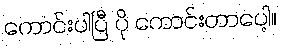
ကောင်းပါပြီ ပို ကောင်းတာပေါ့။